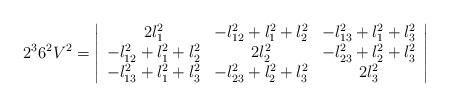
LaTeX: \begin{align*}2^3 6^2 V^2 = \left|\begin{array}{ccc}2l_1^2 & -l_{12}^2+l_1^2+l_2^2 & -l_{13}^2+l_1^2+l_3^2 \\-l_{12}^2+l_1^2+l_2^2 & 2l_2^2 & -l_{23}^2+l_2^2+l_3^2 \\-l_{13}^2+l_1^2+l_3^2 & -l_{23}^2+l_2^2+l_3^2 & 2l_3^2\end{array}\right|\end{align*}